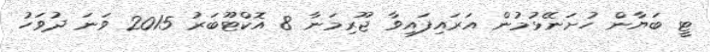
ޓީ ބަޔާން ހުށަނޭޅުމުން އަރައިފައިވާ ޖޫރިމަނާ 8 އޮކްޓޫބަރު 2015 ވަނަ ދުވަހު